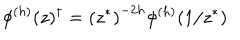
\phi ^ { ( h ) } ( z ) ^ { \dagger } = { ( z ^ { * } ) } ^ { - 2 h } \phi ^ { ( h ) } ( 1 / z ^ { * } )